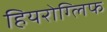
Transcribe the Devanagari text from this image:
हियरोग्लिफ